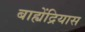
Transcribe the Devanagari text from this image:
बाह्येंद्रियास